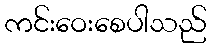
ကင်းဝေးစေပါသည်